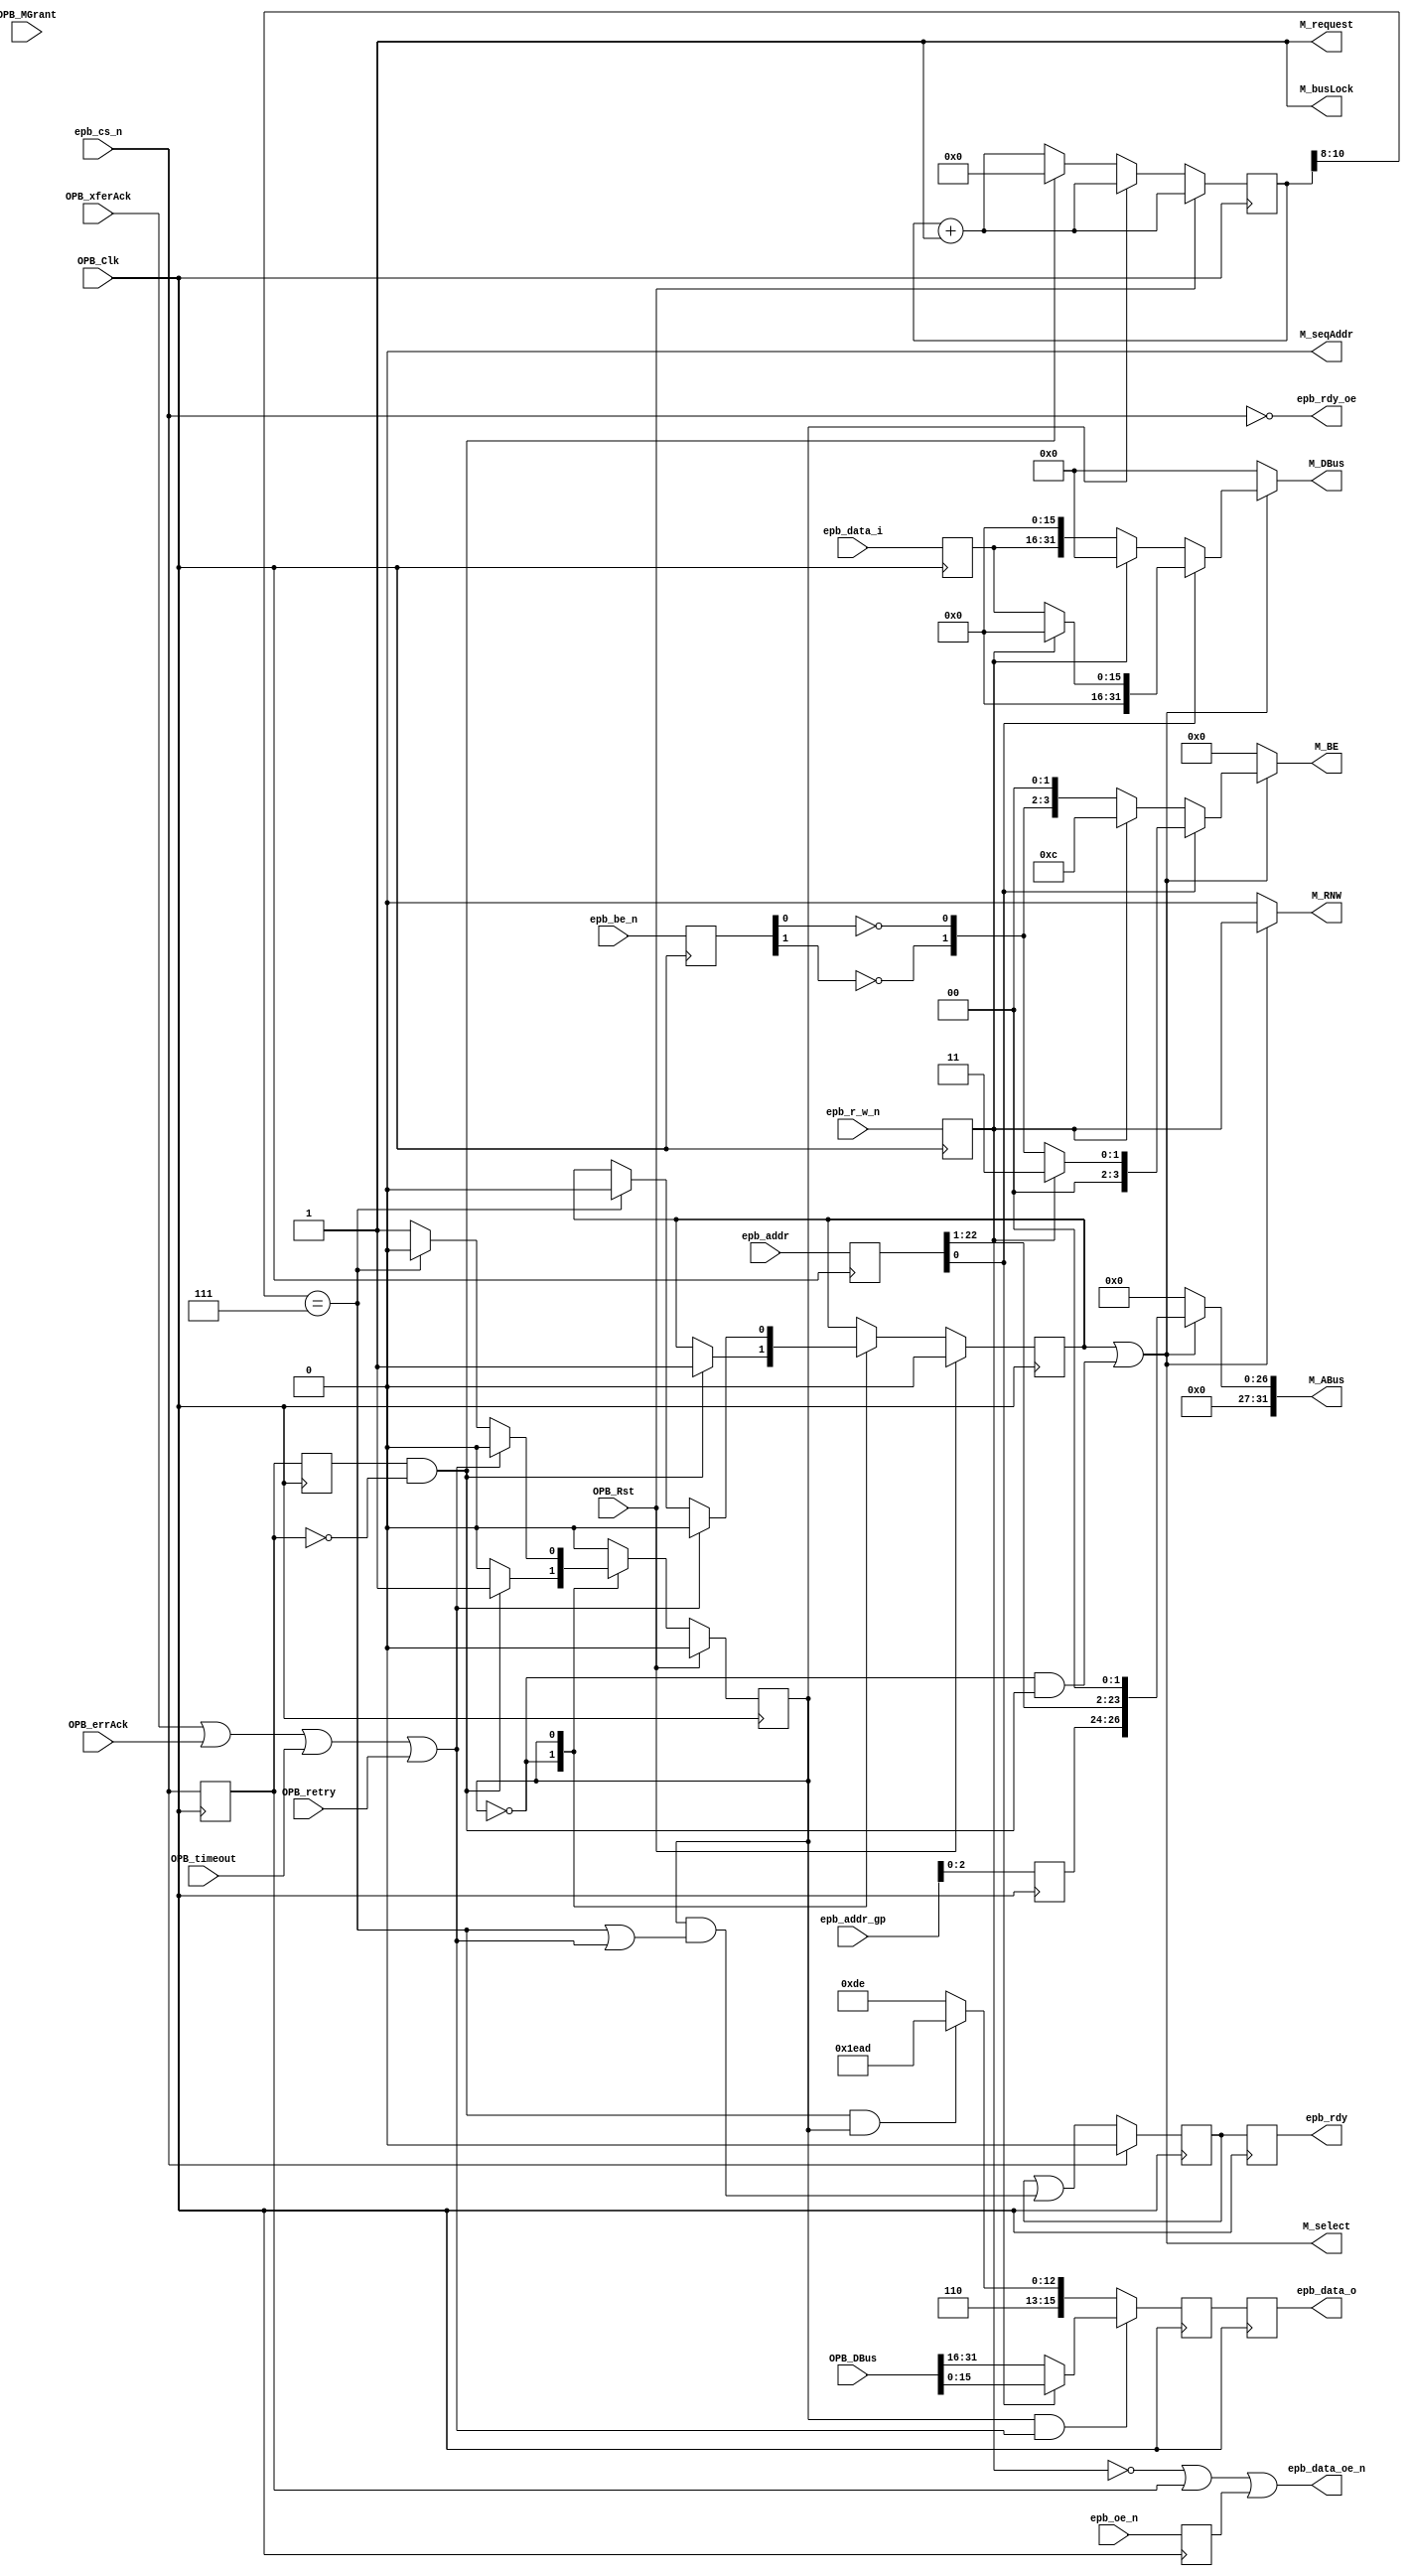
module epb_opb_bridge(
    epb_data_oe_n,
    epb_cs_n, epb_r_w_n, epb_be_n, 
    epb_oe_n,
    epb_addr, epb_addr_gp,
    epb_data_i, epb_data_o,
    epb_rdy,
    epb_rdy_oe,

    OPB_Clk,
    OPB_Rst,
    M_request,
    M_busLock,
    M_select,
    M_RNW,
    M_BE,
    M_seqAddr,
    M_DBus,
    M_ABus,
    OPB_MGrant,
    OPB_xferAck,
    OPB_errAck,
    OPB_retry,
    OPB_timeout,
    OPB_DBus
  );
  output epb_data_oe_n;
  input  epb_cs_n, epb_oe_n, epb_r_w_n;
  input   [1:0] epb_be_n;
  input  [22:0] epb_addr;
  input   [5:0] epb_addr_gp;
  input  [15:0] epb_data_i;
  output [15:0] epb_data_o;
  output epb_rdy;
  output epb_rdy_oe;

  input  OPB_Clk, OPB_Rst;
  output M_request;
  output M_busLock;
  output M_select;
  output M_RNW;
  output [0:3]  M_BE;
  output M_seqAddr;
  output [0:31] M_DBus;
  output [0:31] M_ABus;
  input  OPB_MGrant;
  input  OPB_xferAck;
  input  OPB_errAck;
  input  OPB_retry;
  input  OPB_timeout;
  input  [0:31] OPB_DBus;

  /********************** *******************/

  reg  epb_cs_n_reg, epb_oe_n_reg, epb_r_w_n_reg;
  reg   [1:0] epb_be_n_reg;
  reg  [22:0] epb_addr_reg;
  reg   [5:0] epb_addr_gp_reg;
  reg  [15:0] epb_data_i_reg;
  (* MAXDELAY = "4.0 ns" *) wire epb_cs_n_int;

  always @(posedge OPB_Clk) begin
    epb_cs_n_reg    <= epb_cs_n_int;
    epb_oe_n_reg    <= epb_oe_n;
    epb_r_w_n_reg   <= epb_r_w_n;
    epb_be_n_reg    <= epb_be_n;
    epb_addr_reg    <= epb_addr;
    epb_addr_gp_reg <= epb_addr_gp;
    epb_data_i_reg  <= epb_data_i;
  end
  assign epb_cs_n_int = epb_cs_n;

  //synthesis attribute IOB of epb_data_i_reg is true
  //synthesis attribute IOB of epb_addr_gp_reg is true
  //synthesis attribute IOB of epb_addr_reg is true
  //synthesis attribute IOB of epb_be_n_reg is true
  //synthesis attribute IOB of epb_oe_n_reg is true
  //synthesis attribute IOB of epb_r_w_n_reg is true


  /***** EPB CS edge detection *****/
  reg prev_cs_n;
  always @(posedge OPB_Clk) begin 
    prev_cs_n <= epb_cs_n_reg;
  end

  /***** Misc Assignments *****/
  wire epb_trans_strb = (prev_cs_n && !epb_cs_n_reg);
  wire epb_trans      = !epb_cs_n_reg;
  wire OPB_reply      = OPB_xferAck | OPB_errAck | OPB_timeout | OPB_retry;

  assign epb_data_oe_n = (!epb_r_w_n_reg) | (!epb_trans) | epb_oe_n_reg; //0 when read = 1 and epb_tran = 1 and epb_oe_n = 0 else 1

  /***** OPB Output Assignments *****/
  assign M_request = 1'b1;
  assign M_busLock = 1'b1;
  assign M_seqAddr = 1'b0; //TODO: implement bursting

  reg M_RNW;
  reg [0:31] M_ABus;
  reg [0:3 ] M_BE;
  reg [0:31] M_DBus;
  always @(*) begin
    if (!M_select) begin
      M_RNW  <= 1'b0;
      M_ABus <= 32'b0;
      M_BE   <= 4'b0;
      M_DBus <= 32'b0;
    end else begin
      M_RNW  <= epb_r_w_n_reg;
      M_ABus <= {5'b0, epb_addr_gp_reg[2:0], epb_addr_reg[22:1], 2'b0}; //bit truncated to support 32 bit addressing
      if (epb_addr_reg[0]) begin
        if (epb_r_w_n_reg) begin
          M_BE   <= {2'b0, 2'b11};
          M_DBus <= 32'b0;
        end else begin
          M_BE   <= {2'b0, !epb_be_n_reg[1], !epb_be_n_reg[0]};
          M_DBus <= {16'b0, epb_data_i_reg};
        end
      end else begin
        if (epb_r_w_n_reg) begin
          M_BE   <= {2'b11, 2'b00};
          M_DBus <= 32'b0;
        end else begin
          M_BE   <= {!epb_be_n_reg[1], !epb_be_n_reg[0], 2'b00};
          M_DBus <= {epb_data_i_reg, 16'b0};
        end
      end
    end
  end

  /******************** EPB/OPB State Machine ********************/

  reg opb_state;
  localparam OPB_STATE_IDLE = 1'd0; 
  localparam OPB_STATE_WAIT = 1'd1; 

  /* Cut Through routed M_select */
  reg M_select_reg;
  assign M_select = M_select_reg || (opb_state == OPB_STATE_IDLE && epb_trans_strb);
 
  /* Cut Through routed epb_rdy and epb_data_o */
  wire         epb_rdy_int = opb_state == OPB_STATE_WAIT && OPB_reply;
  wire [15:0] epb_data_int = epb_addr_reg[0] ? OPB_DBus[16:31] : OPB_DBus[0:15];

  reg [10:0] timeout_counter;

  reg opb_state_z;

  wire bus_timeout = timeout_counter[10:8] == 3'b111;

  always @(posedge OPB_Clk) begin
    timeout_counter <= timeout_counter + 1;
    opb_state_z <= opb_state;

    //strobes
    if (OPB_Rst) begin
      M_select_reg <= 1'b0;
      opb_state    <= OPB_STATE_IDLE;
    end else begin
      case (opb_state)
        OPB_STATE_IDLE: begin
          if (epb_trans_strb) begin
            M_select_reg    <= 1'b1;
            opb_state       <= OPB_STATE_WAIT;
            timeout_counter <= 0;
          end
        end
        OPB_STATE_WAIT: begin

          if (bus_timeout) begin
            M_select_reg <= 1'b0;
            opb_state    <= OPB_STATE_IDLE;
          end

          if (OPB_reply) begin
            M_select_reg <= 1'b0;
            opb_state    <= OPB_STATE_IDLE;
          end
        end
      endcase
    end
  end

  reg [15:0] epb_data_o_reg;
  reg epb_rdy_reg;

  always @(posedge OPB_Clk) begin
    epb_data_o_reg <= 16'hC0DE;

    if (bus_timeout && opb_state == OPB_STATE_WAIT)
      epb_data_o_reg <= 16'hdead;

    if (epb_rdy_int)
      epb_data_o_reg <= epb_data_int;
  end

  always @(posedge OPB_Clk) begin
    if (epb_cs_n_int) begin
      epb_rdy_reg <= 1'b0;
    end else begin
      epb_rdy_reg <= epb_rdy_reg | (opb_state == OPB_STATE_WAIT && (bus_timeout || OPB_reply));
    end
  end

  reg [15:0] epb_data_o;
  reg epb_rdy;

  always @(negedge OPB_Clk) begin
    epb_data_o <= epb_data_o_reg;
    epb_rdy <= epb_rdy_reg;
  end
  //synthesis attribute IOB of epb_data_o is TRUE
  //synthesis attribute IOB of epb_rdy is TRUE

  assign epb_rdy_oe = !epb_cs_n_int;

endmodule